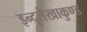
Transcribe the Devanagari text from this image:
इन्दुलेखाकुण्ड